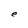
Character: e